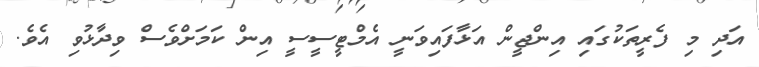
އަދި މި ފެރީތަކުގައި އިންޖީން އަޅާފައިވަނީ އެމްޓީސީސީ އިން ކަމަށްވެސް ވިދާޅުވި އެވެ.